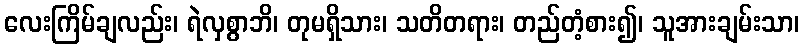
လေးကြိမ်ချလည်း၊ ရဲလှစွာဘိ၊ တုမရှိသား၊ သတိတရား၊ တည်တံ့စား၍၊ သူအားချမ်းသာ၊